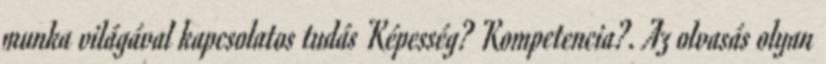
munka világával kapcsolatos tudás Képesség? Kompetencia?. Az olvasás olyan